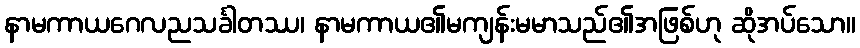
နာမကာယဂေလညသင်္ခါတဿ၊ နာမကာယ၏မကျန်းမမာသည်၏အဖြစ်ဟု ဆိုအပ်သော။